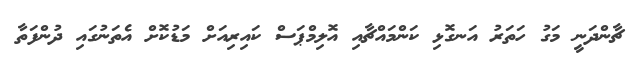
ޗާންދަނީ މަގު ހަތަރު އަނގޮޅި ކަންމައްޗާއި އޮލިމްޕަސް ކައިރިއަށް މަޑުކޮށް އެތަނުގައި ދުންފަތާ